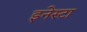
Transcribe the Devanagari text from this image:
इनेस्टा